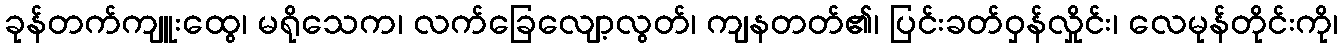
ခုန်တက်ကျူးထွေ၊ မရိုသေက၊ လက်ခြေလျော့လွတ်၊ ကျနတတ်၏၊ ပြင်းခတ်ဝှန်လှိုင်း၊ လေမုန်တိုင်းကို၊